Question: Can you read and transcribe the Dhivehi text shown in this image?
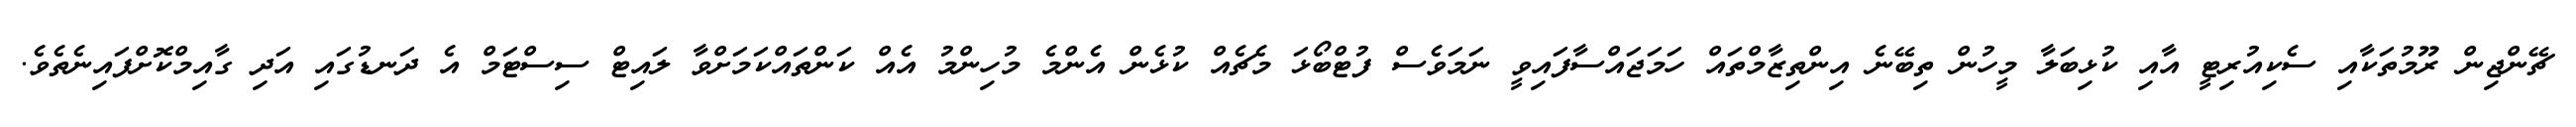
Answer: ޗޭންޖިން ރޫމުތަކާއި ސެކިއުރިޓީ އާއި ކުޅިބަލާ މީހުން ތިބޭނެ އިންތިޒާމްތައް ހަމަޖައްސާފައިވީ ނަމަވެސް ފުޓްބޯޅަ މެޗެއް ކުޅެން އެންމެ މުހިންމު އެއް ކަންތައްކަމަށްވާ ލައިޓް ސިސްޓަމް އެ ދަނޑުގައި އަދި ގާއިމްކޮށްފައިނެތެވެ.